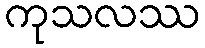
ကုသလဿ